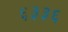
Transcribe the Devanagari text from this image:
६३३६